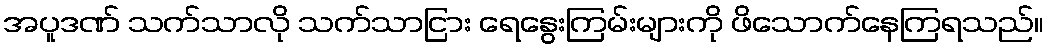
အပူဒဏ် သက်သာလို သက်သာငြား ရေနွေးကြမ်းများကို ဖိသောက်နေကြရသည်။